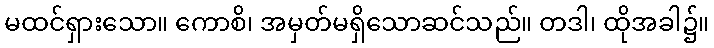
မထင်ရှားသော။ ကောစိ၊ အမှတ်မရှိသောဆင်သည်။ တဒါ၊ ထိုအခါ၌။